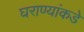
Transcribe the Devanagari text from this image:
घराण्यांकडे